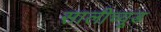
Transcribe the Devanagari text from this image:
सालीच्यूड